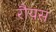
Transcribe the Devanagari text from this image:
रौयस